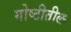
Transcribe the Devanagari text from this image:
गोष्टीतील